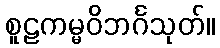
စူဠကမ္မဝိဘင်္ဂသုတ်။